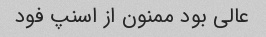
عالی بود ممنون از اسنپ‌ فود